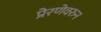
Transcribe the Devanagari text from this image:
प्रेरणेवरुन